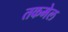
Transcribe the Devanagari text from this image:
तकमेल